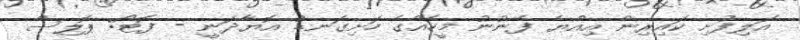
އަލިފުށި ކައިރިން އިއްޔެ ފެނުނު މީހެއްގެ ހަށިގަނޑު އޮޔާދަނީ - ފޮޓޯ: ޕޮލިސް